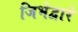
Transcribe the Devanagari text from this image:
जिभेद्वारे